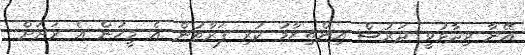
އޭނާ ވިދާޅުވީ ދަރުސް އިންތިޒާމު ކުރި ފަރާތުން އެ މީހުން އެ ރަށަށް